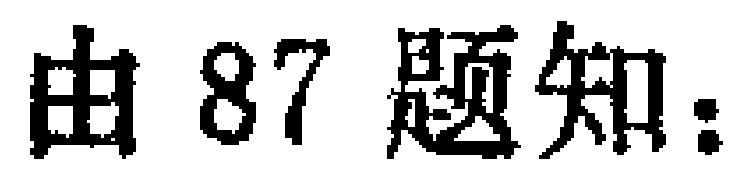
由87题知：